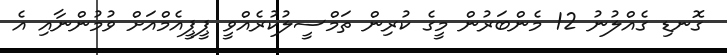
ގޮނޑި ގެއްލުނު 12 މެންބަރުން މީގެ ކުރިން ތަމްސީލުކުރެއްވީ ޕީޕީއެމްއަށް ވުމުންނާއި އެ